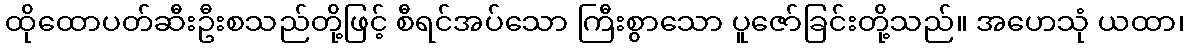
ထိုထောပတ်ဆီးဦးစသည်တို့ဖြင့် စီရင်အပ်သော ကြီးစွာသော ပူဇော်ခြင်းတို့သည်။ အဟေသုံ ယထာ၊